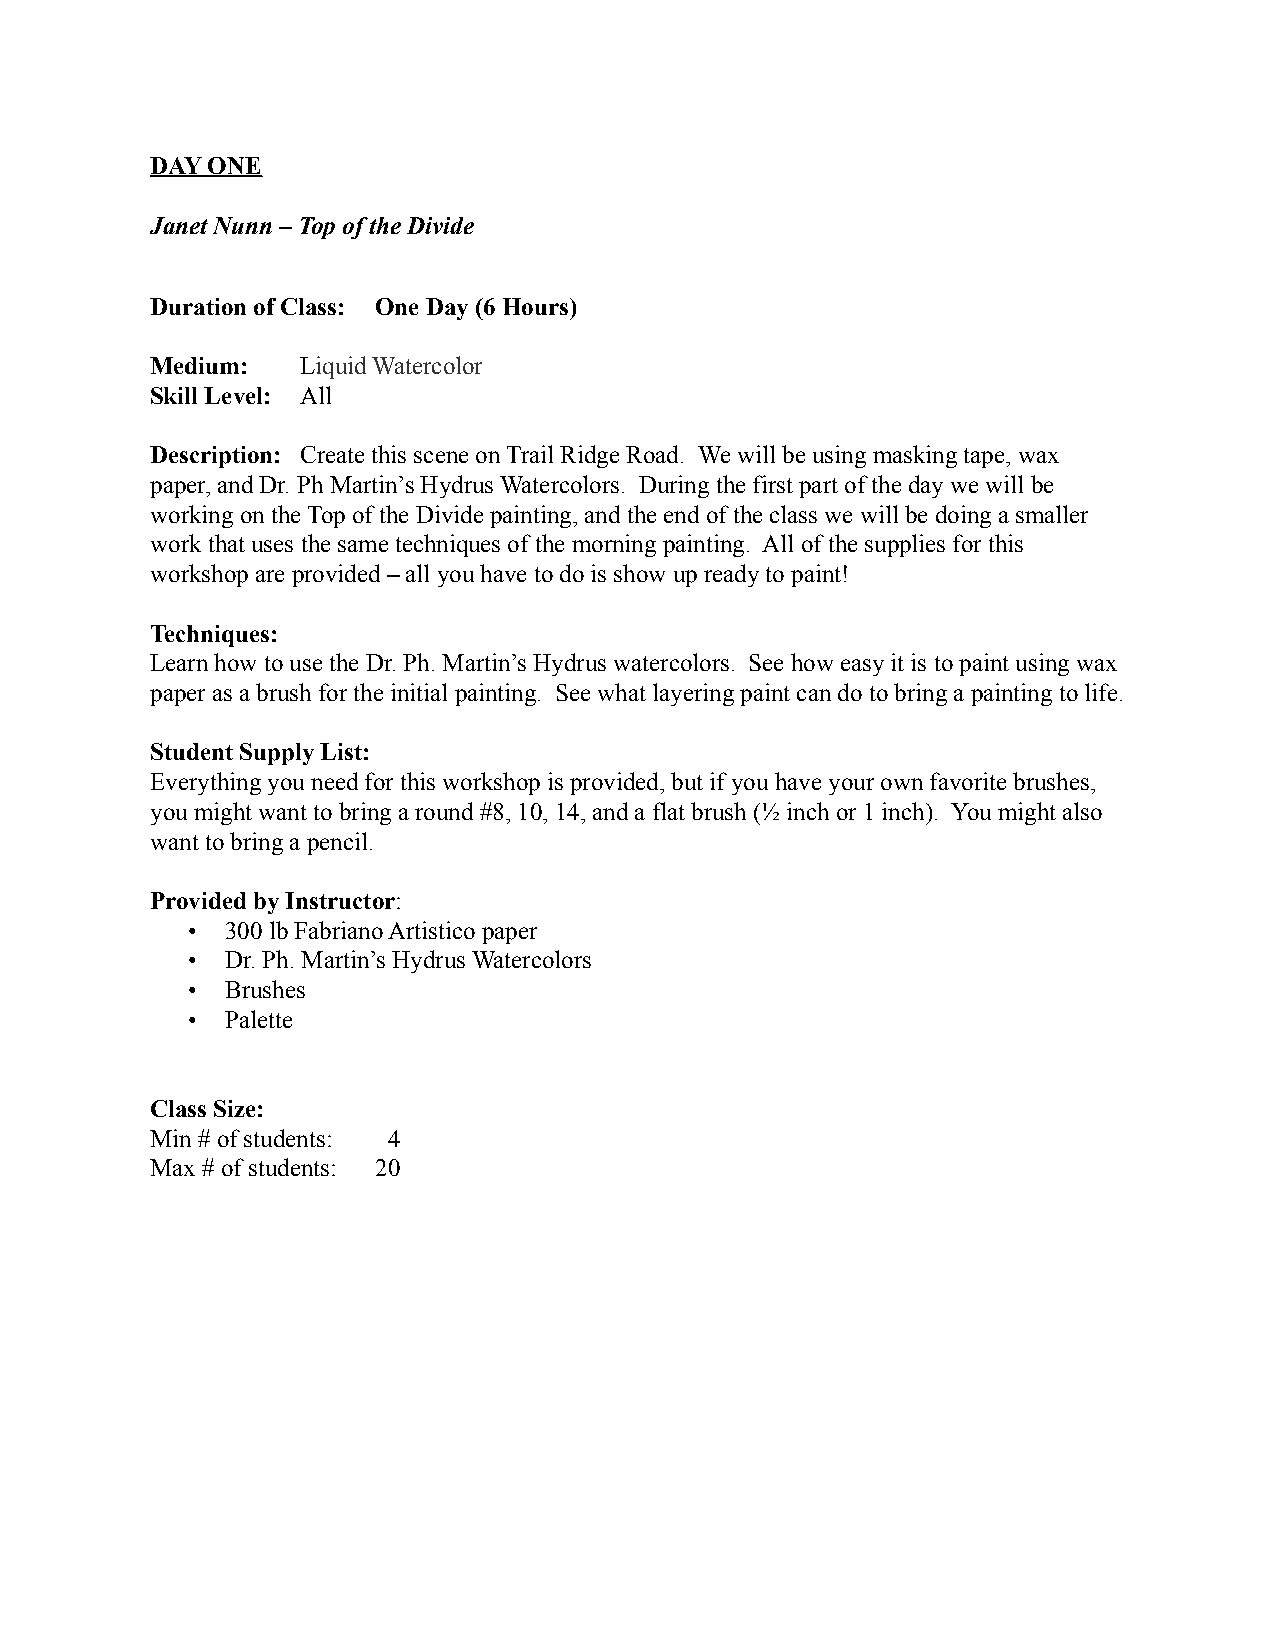
DAY ONE
 Janet Nunn – Top of the Divide
 Duration of Class: One Day (6 Hours)
 Medium:   Liquid Watercolor
 Skill Level: All
 Description: Create this scene on Trail Ridge Road. We will be using masking tape, wax
 paper, and Dr. Ph Martin’s Hydrus Watercolors. During the first part of the day we will be
 working on the Top of the Divide painting, and the end of the class we will be doing a smaller
 work that uses the same techniques of the morning painting. All of the supplies for this
 workshop are provided – all you have to do is show up ready to paint!
 Techniques:
 Learn how to use the Dr. Ph. Martin’s Hydrus watercolors. See how easy it is to paint using wax
 paper as a brush for the initial painting. See what layering paint can do to bring a painting to life.
 Student Supply List:
 Everything you need for this workshop is provided, but if you have your own favorite brushes,
 you might want to bring a round #8, 10, 14, and a flat brush (½ inch or 1 inch). You might also
 want to bring a pencil.
 Provided by Instructor:
 •  300 lb Fabriano Artistico paper
 •  Dr. Ph. Martin’s Hydrus Watercolors
 •  Brushes
 •  Palette
 Class Size:
 Min # of students: 4
 Max # of students: 20